Indian journal of veterinary science and animal husbandry - Volume 9,
Year: 1939
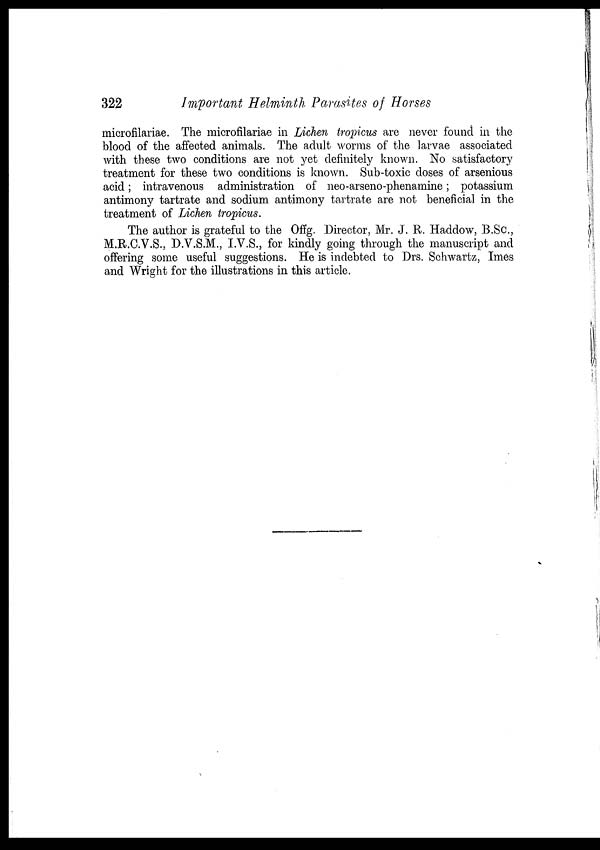
322
Important Helminth Parasites of Horses
microfilariae. The microfilariae in Lichen tropicus are never found in the
blood of the affected animals. The adult worms of the larvae associated
with these two conditions are not yet definitely known. No satisfactory
treatment for these two conditions is known. Sub-toxic doses of arsenious
acid; intravenous administration of neo-arseno-phenamine; potassium
antimony tartrate and sodium antimony tartrate are not beneficial in the
treatment of Lichen tropicus.
The author is grateful to the Offg. Director, Mr. J. R. Haddow, B.Sc.,
M.R.C.V.S., D.V.S.M., I.V.S., for kindly going through the manuscript and
offering some useful suggestions. He is indebted to Drs. Schwartz, Imes
and Wright for the illustrations in this article.